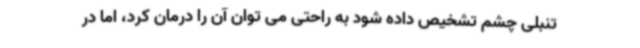
تنبلی چشم تشخیص داده شود به راحتی می توان آن را درمان کرد، اما در